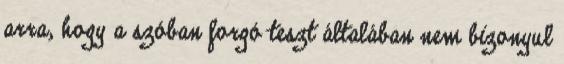
arra, hogy a szóban forgó teszt általában nem bizonyul